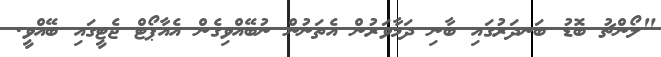
"ލޯންޗު ބޮޑު ބަނދަރުގައި ބާނި ދަމާވަރުން އެތަނުން ނުބޭއްވިގެން އެއާޕޯޓް ޖެޓީގައި ބޭއްވީ.